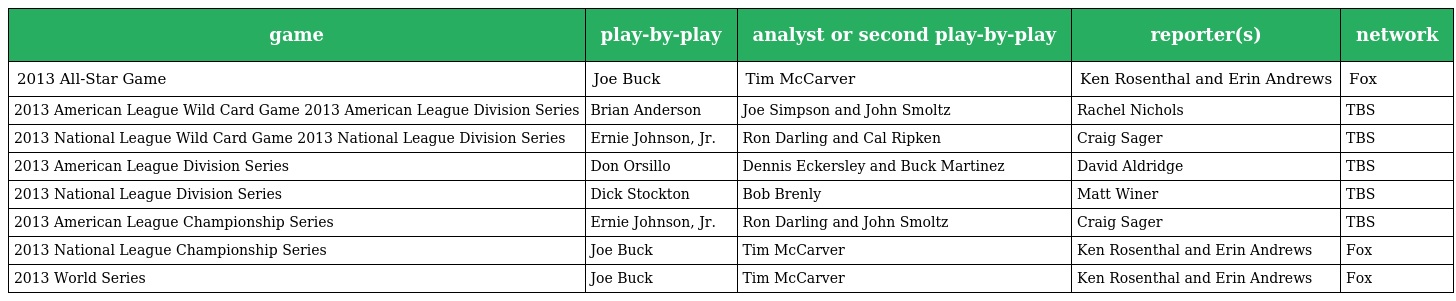
| game | play-by-play | analyst or second play-by-play | reporter(s) | network |
 | --- | --- | --- | --- | --- |
 | 2013 All-Star Game | Joe Buck | Tim McCarver | Ken Rosenthal and Erin Andrews | Fox |
 | 2013 American League Wild Card Game 2013 American League Division Series | Brian Anderson | Joe Simpson and John Smoltz | Rachel Nichols | TBS |
 | 2013 National League Wild Card Game 2013 National League Division Series | Ernie Johnson, Jr. | Ron Darling and Cal Ripken | Craig Sager | TBS |
 | 2013 American League Division Series | Don Orsillo | Dennis Eckersley and Buck Martinez | David Aldridge | TBS |
 | 2013 National League Division Series | Dick Stockton | Bob Brenly | Matt Winer | TBS |
 | 2013 American League Championship Series | Ernie Johnson, Jr. | Ron Darling and John Smoltz | Craig Sager | TBS |
 | 2013 National League Championship Series | Joe Buck | Tim McCarver | Ken Rosenthal and Erin Andrews | Fox |
 | 2013 World Series | Joe Buck | Tim McCarver | Ken Rosenthal and Erin Andrews | Fox |